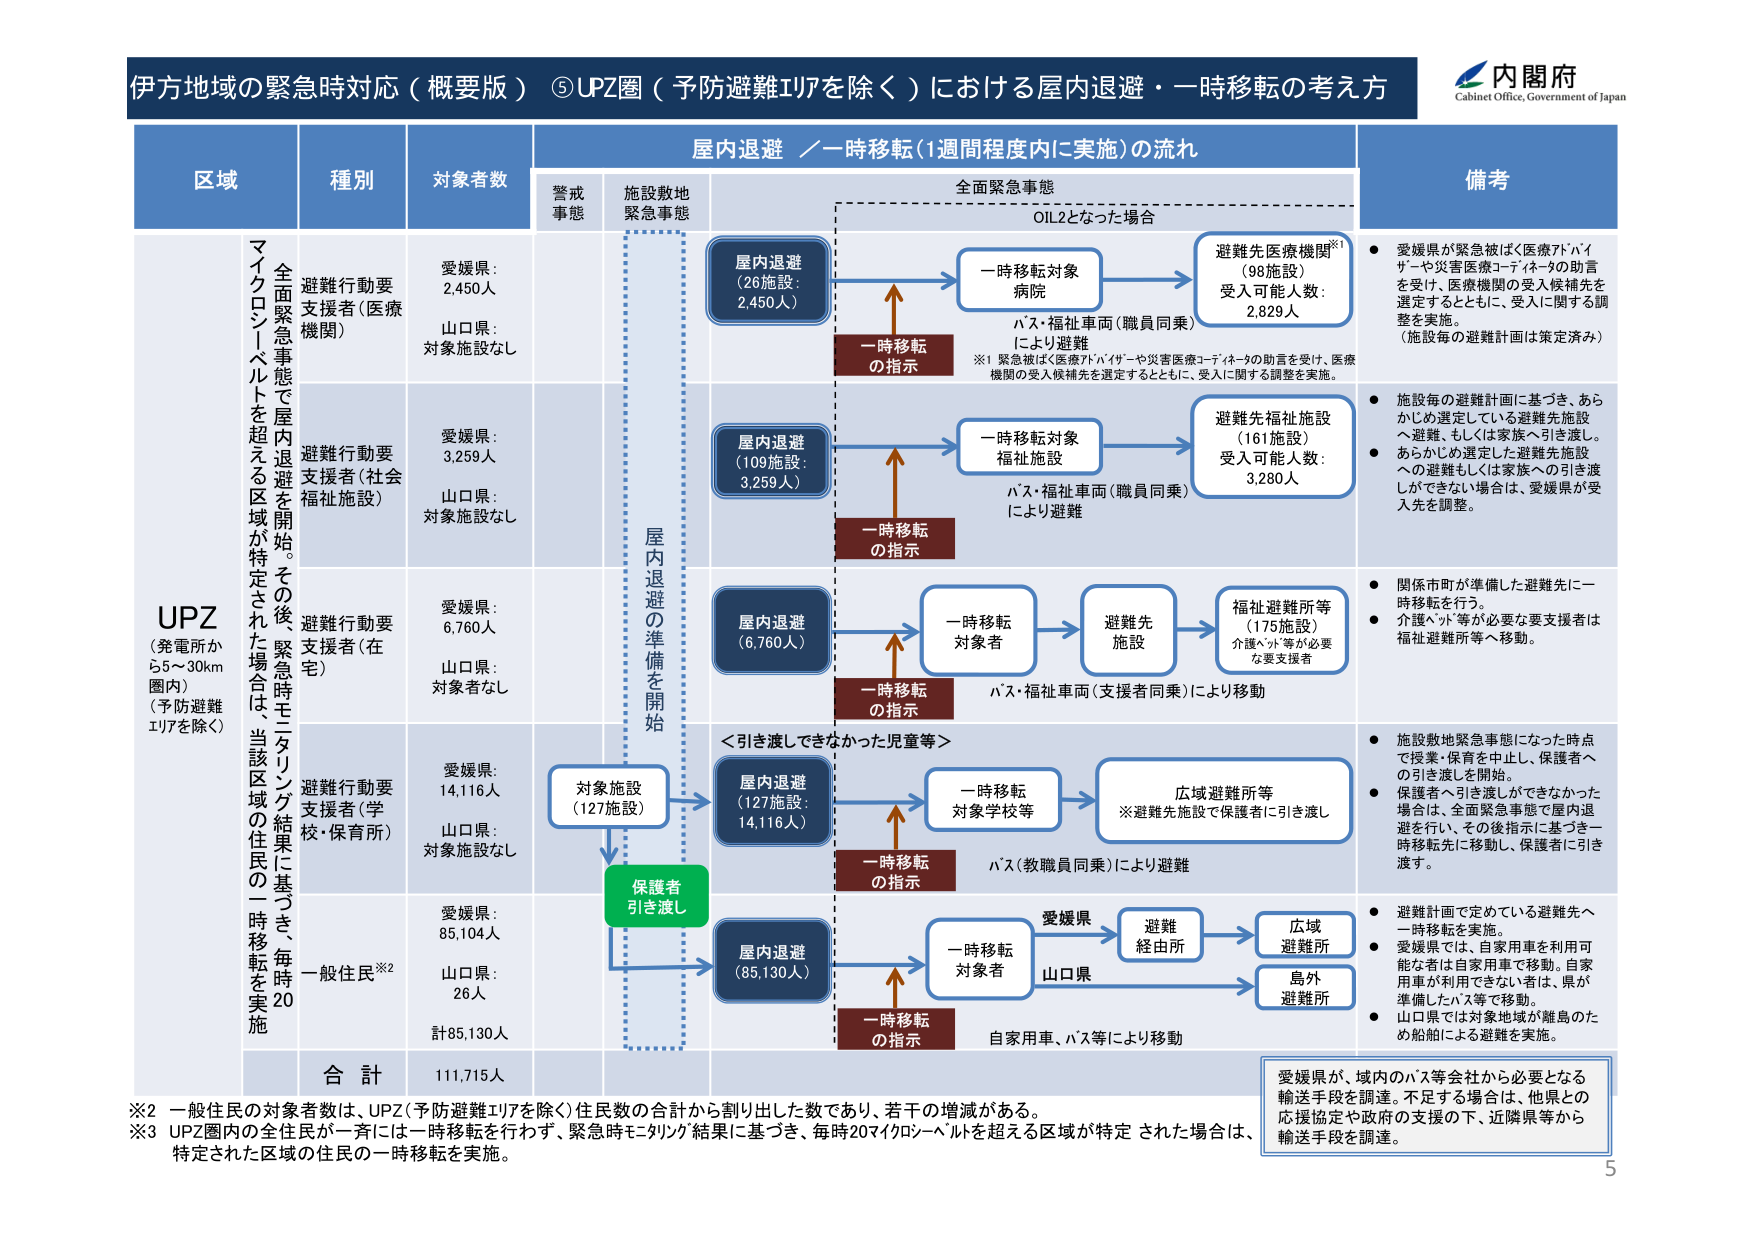
伊方地域の緊急時対応（概要版） ⑤UPZ圏（予防避難エリアを除く）における屋内退避・一時移転の考え方

内閣府
Cabinet Office, Government of Japan

区域 種別 対象者数 屋内退避／一時移転（1週間程度内に実施）の流れ 備考

警戒事態 施設敷地緊急事態 全面緊急事態 OIL2となった場合

マイクロシーベルトを超える区域が特定された場合は、当該区域の住民の一時移転を実施。その後、緊急時モニタリング結果に基づき、毎時20

UPZ （発電所から5～30km圏内） （予防避難エリアを除く）

避難行動要支援者（医療機関） 愛媛県：2,450人 山口県：対象施設なし 屋内退避 （26施設：2,450人） 一時移転対象病院 避難先医療機関※1 （98施設） 受入可能人数：2,829人 バス・福祉車両（職員同乗）により避難 ※1 緊急被ばく医療アドバイザーや災害医療コーディネータの助言を受け、医療機関の受入候補先を選定するとともに、受入に関する調整を実施。 ● 愛媛県が緊急被ばく医療アドバイザーや災害医療コーディネータの助言を受け、医療機関の受入候補先を選定するとともに、受入に関する調整を実施。 （施設毎の避難計画は策定済み）

避難行動要支援者（社会福祉施設） 愛媛県：3,259人 山口県：対象施設なし 屋内退避 （109施設：3,259人） 一時移転対象福祉施設 避難先福祉施設 （161施設） 受入可能人数：3,280人 バス・福祉車両（職員同乗）により避難 ● 施設毎の避難計画に基づき、あらかじめ選定している避難先施設へ避難、もしくは家族へ引き渡し。 ● あらかじめ選定した避難先施設への避難もしくは家族への引き渡しができない場合は、愛媛県が受入先を調整。

避難行動要支援者（在宅） 愛媛県：6,760人 山口県：対象者なし 屋内退避 （6,760人） 一時移転対象者 避難先施設 福祉避難所等 （175施設） 介護ベッド等が必要な支援者は福祉避難所等へ移動。 バス・福祉車両（支援者同乗）により移動 ● 関係市町が準備した避難先に一時移転を行う。 ● 介護ベッド等が必要な支援者は福祉避難所等へ移動。

避難行動要支援者（学校・保育所） 愛媛県：14,116人 山口県：対象施設なし 対象施設 （127施設） 屋内退避 （127施設：14,116人） 一時移転対象学校等 広域避難所等 ※避難先施設で保護者に引き渡し バス（教職員同乗）により避難 ● 施設敷地緊急事態になった時点で授業・保育を中止し、保護者への引き渡しを開始。 ● 保護者へ引き渡しができなかった場合は、全面緊急事態で屋内退避を行い、その後指示に基づき一時移転先に移動し、保護者に引き渡す。

一般住民※2 愛媛県：85,104人 山口県：26人 計85,130人 保護者引き渡し 屋内退避 （85,130人） 一時移転対象者 愛媛県 避難経由所 広域避難所 山口県 島外避難所 自家用車、バス等により移動 ● 避難計画で定めている避難先へ一時移転を実施。 ● 愛媛県では、自家用車を利用可能な者は自家用車で移動。自家用車が利用できない者は、県が準備したバス等で移動。 ● 山口県では対象地域が離島のため船舶による避難を実施。

合計 111,715人

※2 一般住民の対象者数は、UPZ（予防避難エリアを除く）住民数の合計から割り出した数であり、若干の増減がある。
※3 UPZ圏内の全住民が一斉には一時移転を行わず、緊急時モニタリング結果に基づき、毎時20マイクロシーベルトを超える区域が特定された場合は、特定された区域の住民の一時移転を実施。

愛媛県が、域内のバス等会社から必要となる輸送手段を調達。不足する場合は、他県との応援協定や政府の支援の下、近隣県等から輸送手段を調達。

5